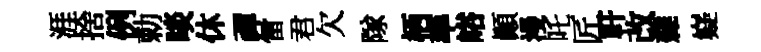
涯捨例勅啖休禪雷君欠隊栖率峪顛漫吒匠軒改雜嶷